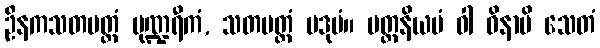
ဦနကသတပတ္တံ ပုဏ္ဍရီကံ, သတပတ္တံ ပဒုမံ။ ပတ္တနိယမံ ဝါ ဝိနာပိ သေတံ